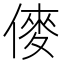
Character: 𠍅